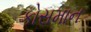
કોસમાન